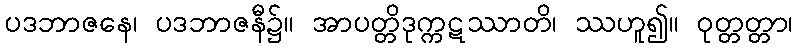
ပဒဘာဇနေ၊ ပဒဘာဇနီ၌။ အာပတ္တိဒုက္ကဋဿာတိ၊ ဿဟူ၍။ ဝုတ္တတ္တာ၊